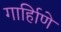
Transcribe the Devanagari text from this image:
गार्हािणे